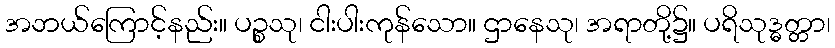
အဘယ်ကြောင့်နည်း။ ပဉ္စသု၊ ငါးပါးကုန်သော။ ဌာနေသု၊ အရာတို့၌။ ပရိသုဒ္ဓတ္တာ၊